Vaccination United Provinces of Agra and Oudh 1923-1928 - 1923-1928
Year: 1923
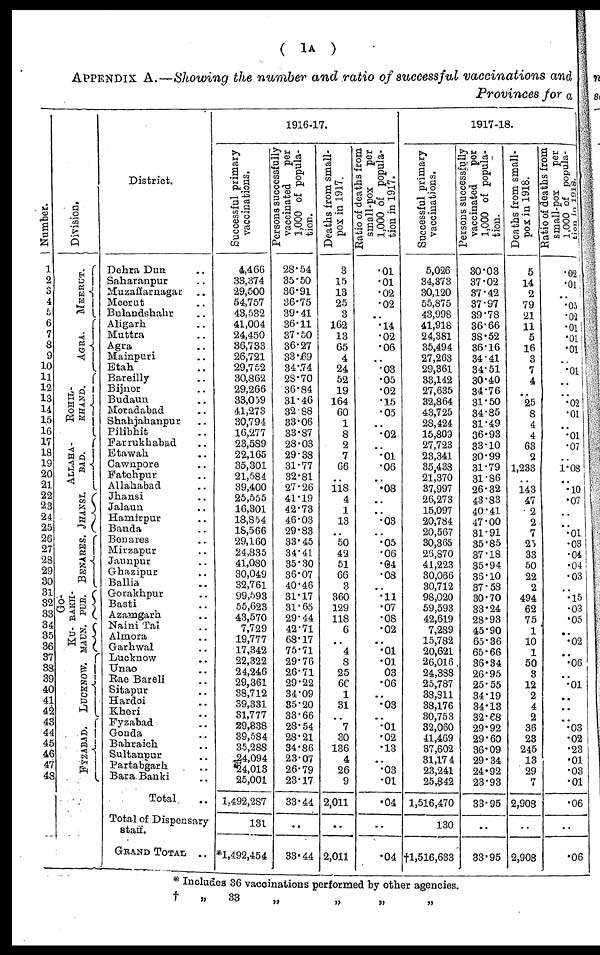
( 1A )
APPENDIX A.—Showing the number and ratio of successful vaccinations and
Provinces for a
Number.
1
2
3
4
5
6
7
8
9
10
11
12
13
14
15
16
17
18
19
20
21
22
23
24
25
26
27
28
29
30
31
32
33
34
35
36
37
38
39
40
41
42
43
44
45
46
47
48
Division.
MEERUT.
AGRA.
ROHIL¬
KHAND.
ALLAHA¬
BAD.
JHANSI.
BENARES.
GO¬
RAKH¬
PUR.
KU¬
MAUN.
LUCKNOW.
FYZABAD.
District.
Dehra Dun ..
Saharanpur ..
Muzaffarnagar ..
Meerut ..
Bulandshahr ..
Aligarh ..
Muttra ..
Agra ..
Mainpuri ..
Etah ..
Bareilly ..
Bijnor ..
Budaun ..
Moradabad ..
Shahjahanpur ..
Pilibhit ..
Farrukhabad ..
Etawah ..
Cawnpore ..
Fatehpur ..
Allahabad ..
Jhansi ..
Jalaun ..
Hamirpur ..
Banda ..
Benares ..
Mirzapur ..
Jaunpur ..
Ghazipur ..
Ballia ..
Gorakhpur ..
Basti ..
Azamgarh ..
Naini Tal ..
Almora ..
Garhwal ..
Lucknow ..
Unao ..
Rae Bareli ..
Sitapur ..
Hardoi ..
Kheri ..
Fyzabad ..
Gonda ..
Bahraich ..
Sultanpur ..
Partabgarh ..
Bara Banki ..
Total ..
Total of Dispensary
staff.
GRAND TOTAL ..
1916-17.
Successful primary
vaccinations.
4,466
33,374
29,500
54,757
43,532
41,004
24,450
36,733
26,721
29,752
30,862
29,266
33,059
41,273
30,794
16,277
23,589
22,165
35,301
21,584
39,400
25,555
16,301
18,854
18,566
29,160
24,835
41,080
30,049
32,761
99,593
55,623
43,570
7,729
19,777
17,342
22,322
24,246
29,361
38,712
39,331
31,777
29,838
39,584
35,288
54,094
24,013
25,001
1,492,287
131
*1,492,454
Persons successfully
vaccinated
per
1,000 of popula-
tion.
28.54
35.50
36.91
36.75
39.41
36.11
37.50
36.27
33.69
34.74
28.70
36.84
31.46
32.88
33.06
33.87
28.03
29.38
31.77
32.81
27.26
41.19
42.73
46.03
29.83
33.45
34.41
35.30
36.07
40.46
31.17
31.65
29.44
42.71
68.17
75.71
29.76
26.71
29.22
34.09
35.20
33.66
28.54
28.21
34.86
23.07
26.79
23.17
33.44
..
33.44
Deaths from small-
pox in 1917.
3
15
13
25
3
162
13
65
4
24
52
19
164
60
1
8
2
7
66
..
118
4
1
13
..
50
42
51
66
3
360
129
118
6
..
4
8
25
66
1
31
..
7
30
136
4
26
9
2,011
..
2,011
Ratio of deaths from
small-pox
per
1,000 of popula-
tion
in
1917.
.01
.01
.02
.02
..
.14
.02
.06
..
.03
.05
.02
.15
.05
..
.02
..
.01
.06
..
.08
..
..
.03
..
.05
.06
.04
.08
..
.11
.07
.08
.02
..
.01
.01
.03
.06
..
.03
..
.01
.02
.13
..
.03
.01
.04
..
.04
1917-18.
Successful primary
vaccinations.
5,026
34,373
30,120
55,875
43,998
41,918
24,381
35,494
27,263
29,361
33,142
27,635
32,864
43,725
28,424
15,809
27,723
23,341
35,438
21,370
37,997
26,273
15,097
20,784
20,567
30,365
26,870
41,223
30,066
30,712
98,020
59,593
42,619
7,289
15,782
20,621
26,016
24,388
25,787
38,811
38,176
30,753
32,060
41,469
37,602
31,174
23,241
25,842
1,516,470
130
†1,516,633
Persons successfully
vaccinated
per
1,000 of popula-
tion.
30.03
37.02
37.42
37.97
39.78
36.66
38.52
36.16
34.41
34.51
30.40
34.76
31.50
34.85
31.49
36.93
33.10
30.99
31.79
31.86
26.32
43.83
40.41
47.00
31.91
35.85
37.18
35.94
36.10
37.58
30.70
33.24
28.93
45.90
65.36
65.66
36.34
26.95
25.55
34.19
34.13
32.68
29.92
29.60
36.09
29.34
24.92
23.93
33.95
..
33.95
Deaths from small-
pox in 1918.
5
14
2
79
21
11
5
16
3
7
4
..
25
8
4
4
63
2
1,233
143
47
2
2
7
25
33
50
22
2
494
62
75
1
10
1
50
3
12
2
4
2
36
23
245
13
29
7
2,908
..
2,908
Ratio of deaths from
small-pox
per
1,000 of popula-
tion
in 1918.
.02
.01
..
.05
.02
.01
.01
.01
..
.01
..
..
.02
.01
..
.01
.07
..
1.08
..
.10
.07
..
..
.01
.03
.04
.04
.03
..
.15
.03
.05
..
.02
..
.06
..
.01
..
..
..
.03
.02
.23
.01
.03
.01
.06
..
.06
* Includes 36 vaccinations performed by other agencies.
†
„
33
„
„
„
„